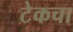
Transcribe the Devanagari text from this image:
टेकचा